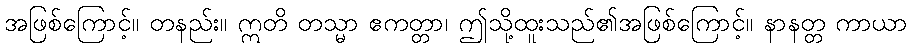
အဖြစ်ကြောင့်။ တနည်း။ ဣတိ တသ္မာ ဧကတ္တာ၊ ဤသို့ထူးသည်၏အဖြစ်ကြောင့်။ နာနတ္တ ကာယာ